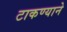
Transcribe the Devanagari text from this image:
टाकण्याने